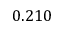
0 . 2 1 0